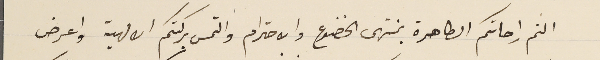
الثم راحاتكم الطاهرة بمنتهى الخضوع والاحترام والتمس بركتكم الالهية واعرض